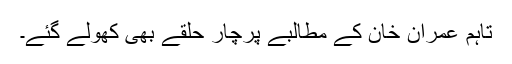
تاہم عمران خان کے مطالبے پرچار حلقے بھی کھولے گئے۔